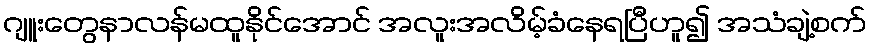
ဂျူးတွေနာလန်မထူနိုင်အောင် အလူးအလိမ့်ခံနေရပြီဟူ၍ အသံချဲ့စက်